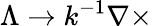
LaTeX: \Lambda\rightarrow k^{-1}\nabla\times